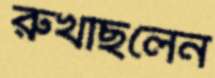
রুখছিলেন